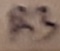
Text: R3